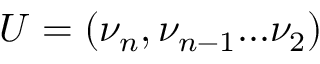
U = ( \nu _ { n } , \nu _ { n - 1 } . . . \nu _ { 2 } )